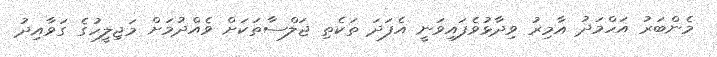
މެންބަރު އަހްމަދު އާމިރު ވިދާޅުވެފައިވަނީ އެފަދަ ތަކެތި ޖަލްސާތަކަށް ވެއްދުމަށް މަޖިލީހުގެ ގަވާއިދު